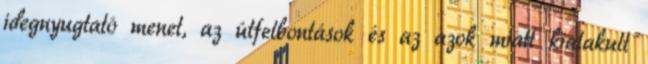
idegnyugtató menet, az útfelbontások és az azok miatt kialakult